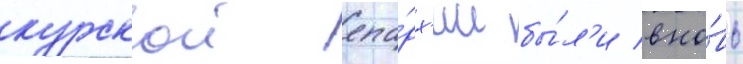
курскои епа́рх'ии бы́л'и вно́вь